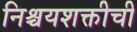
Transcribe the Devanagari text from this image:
निश्चयशक्तीची